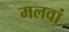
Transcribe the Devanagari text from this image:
मलवां